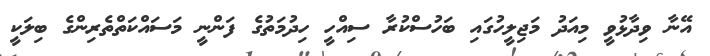
އޭނާ ވިދާޅުވީ މިއަދު މަޖިލީހުގައި ބަހުސްކުރާ ސިއްހީ ހިދުމަތުގެ ފަންނީ މަސައްކަތްތެރިންގެ ބިލަކީ